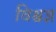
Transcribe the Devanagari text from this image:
विश्वज्ञ